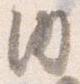
内